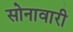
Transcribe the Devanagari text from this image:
सोनावारी